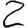
Digit: 2